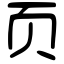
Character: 页